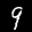
Label: 9